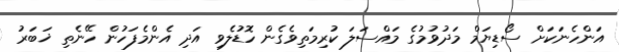
އަންހެނަކަށް ސޯޑިޔަމް މަދުވުމުގެ މައްސަލަ ކުރިމަތިވެގެން ހޮޑުލެވި އަދި އެންމެފަހުން ހޭނެތި ޚަބަރު